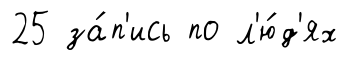
25 за́п'ись по л'ю́д'ях